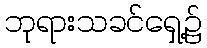
ဘုရားသခင်ရှေ့၌